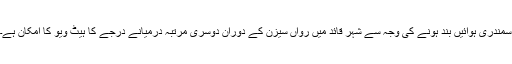
سمندری ہوائیں بند ہونے کی وجہ سے شہر قائد میں رواں سیزن کے دوران دوسری مرتبہ درمیانے درجے کا ہیٹ ویو کا امکان ہے۔